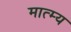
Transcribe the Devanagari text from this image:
मात्म्य